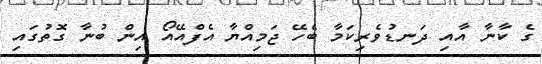
ގެ ކާނާ އާއި ދަނޑުވެރިކަމާ ބެހޭ ޖަމިއްޔާ އެފްއޭއޯ އިން ބުނާ ގޮތުގައި